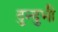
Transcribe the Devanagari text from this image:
दुन्‍दुभी